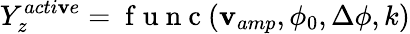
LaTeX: Y_{z}^{acti\mathbf{v}e}=\mathrm{{~f~u~n~c~}}(\mathbf{v}_{amp},\phi_{0},\Delta\phi,k)